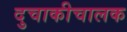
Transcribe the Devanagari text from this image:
दुचाकीचालक